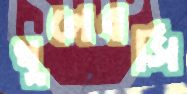
খুলেবসি